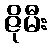
ဇိုမီး